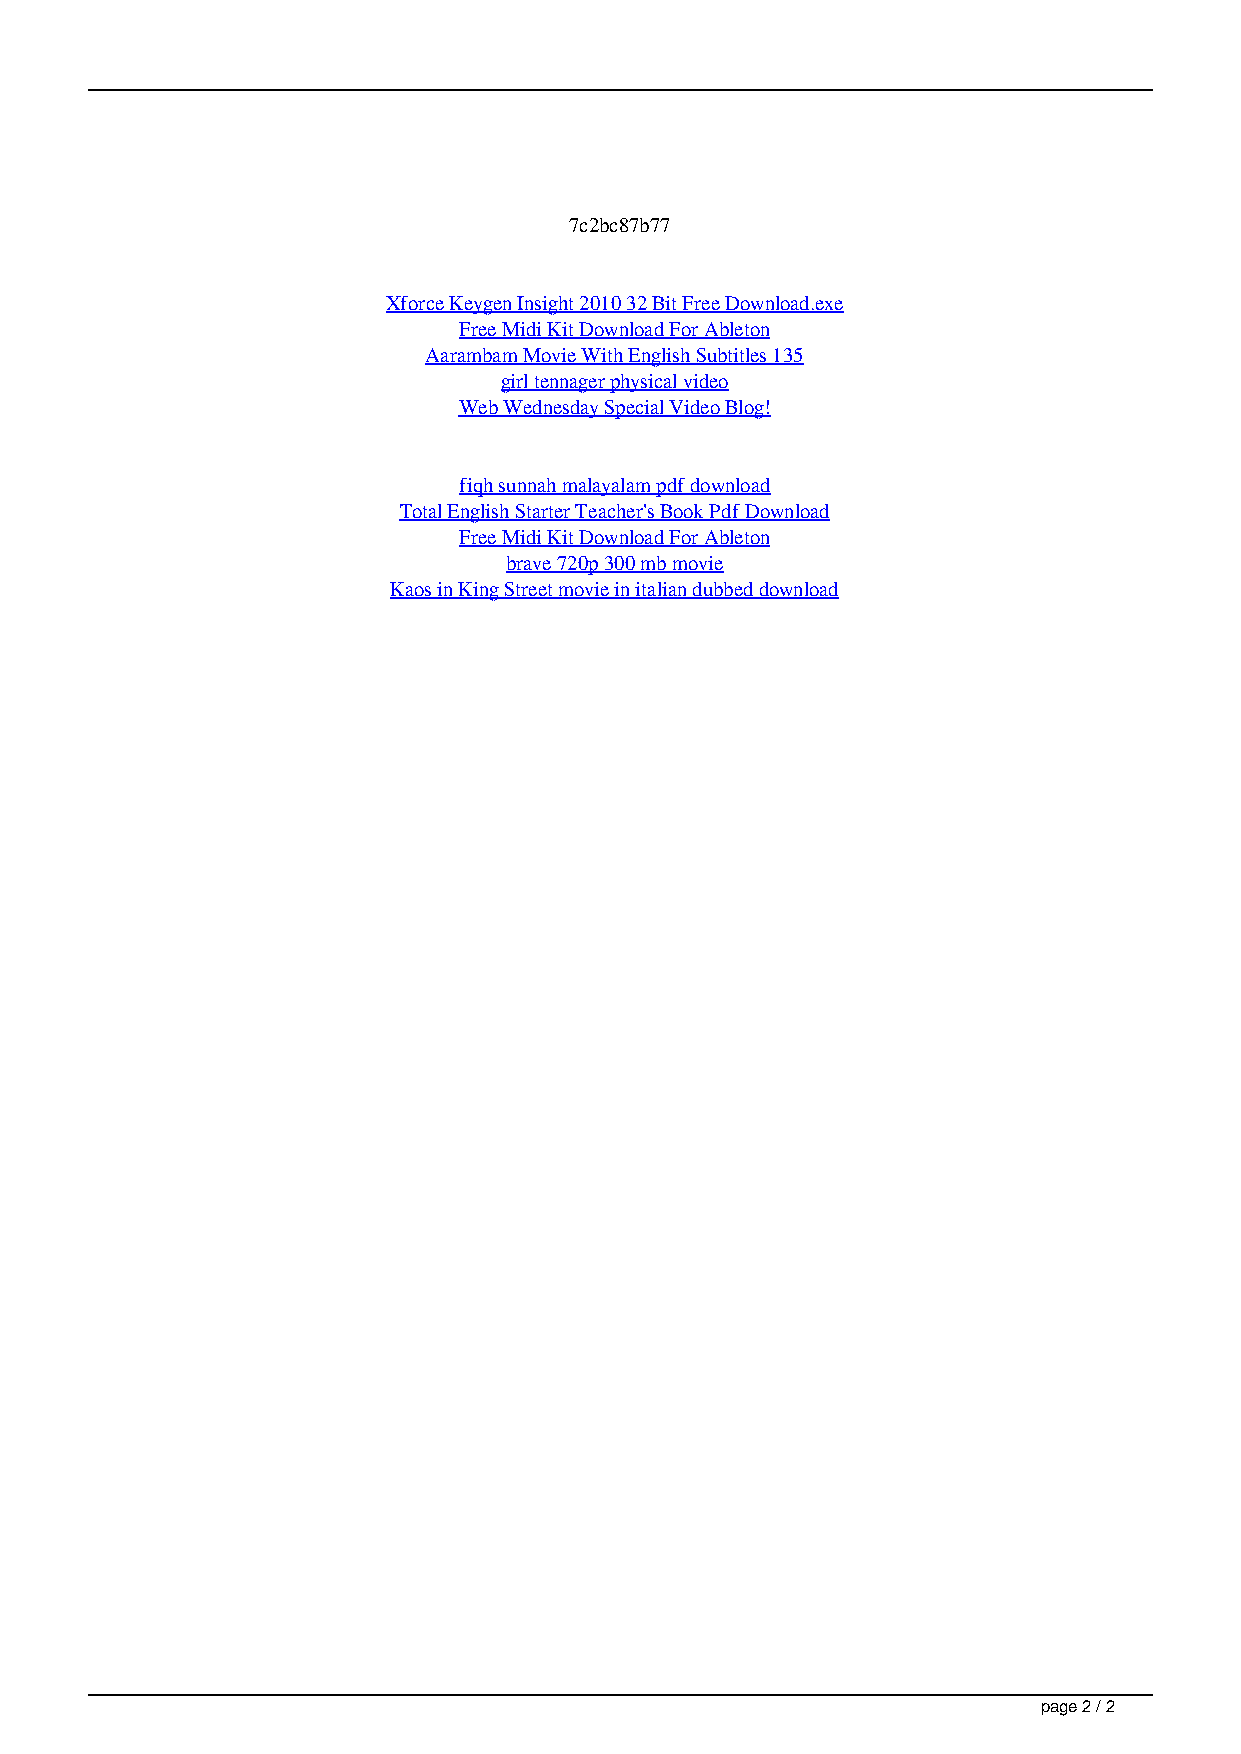
7c2bc87b77
 Xforce Keygen Insight 2010 32 Bit Free Download.exe
 Free Midi Kit Download For Ableton
 Aarambam Movie With English Subtitles 135
 girl tennager physical video
 Web Wednesday Special Video Blog!
 fiqh sunnah malayalam pdf download
 Total English Starter Teacher's Book Pdf Download
 Free Midi Kit Download For Ableton
 brave 720p 300 mb movie
 Kaos in King Street movie in italian dubbed download
 page 2 / 2
 Antaheen Songs Mp3 Download